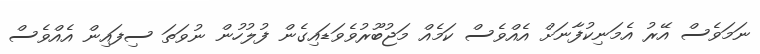
ނަމަވެސް އޭރު އެމަނިކުފާނަށް އެއްވެސް ކަމެއް މަޖުބޫރުވެވަޑައިގެން ފުލުހުން ނުވަތަ ސިފައިން އެއްވެސް